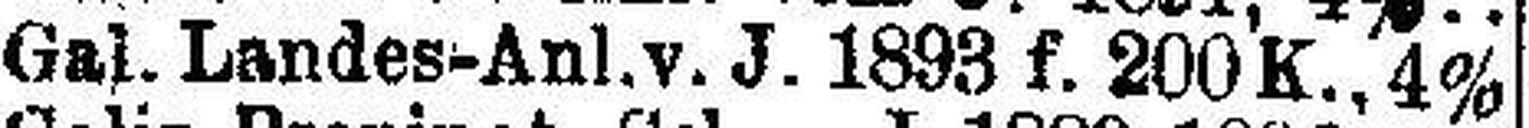
Gal. Landes-Anl.v. J. 1893 f. 200 K., 4%